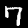
Label: 7